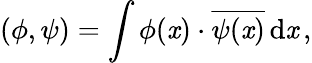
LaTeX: (\phi,\psi)=\int\phi(\mathit{x})\cdot{\overline{{{\psi(\mathit{x})}}}}\, \mathrm{{d}}\mathit{x}\, ,